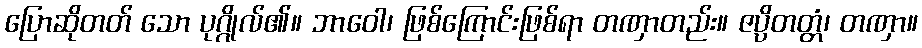
ပြောဆိုတတ် သော ပုဂ္ဂိုလ်၏။ ဘာဝေါ၊ ဖြစ်ကြောင်းဖြစ်ရာ တဏှာတည်း။ ဇပ္ပိတတ္တံ၊ တဏှာ။